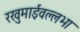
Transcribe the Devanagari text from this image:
रखुमाईवल्लभा